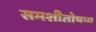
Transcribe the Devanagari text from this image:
समशीतोषण